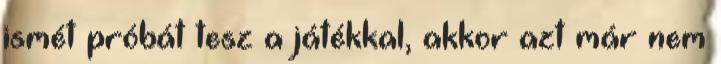
ismét próbát tesz a játékkal, akkor azt már nem